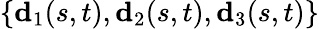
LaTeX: \{ \textbf{d}_{1}(s,t),\textbf{d}_{2}(s,t),\textbf{d}_{3}(s,t)\}